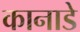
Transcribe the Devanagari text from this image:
कानाडे